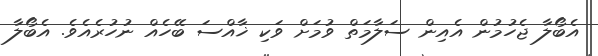
އެބޯލާ ޖެހުމުން އެއިން ސަލާމަތް ވުމަށް ވަކި ޚާއްސަ ބޭހެއް ނުހުރެއެވެ. އެބޯލާ